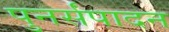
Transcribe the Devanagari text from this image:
पुनर्संपादन